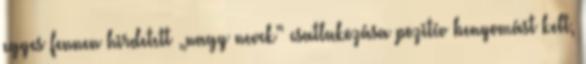
egyes fennen hirdetett „nagy nevek” csatlakozása pozitív benyomást kelt,